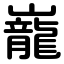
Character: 巃